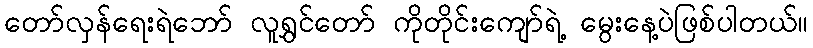
တော်လှန်ရေးရဲဘော် လူရွှင်တော် ကိုတိုင်းကျော်ရဲ့ မွေးနေ့ပဲဖြစ်ပါတယ်။